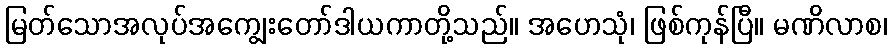
မြတ်သောအလုပ်အကျွေးတော်ဒါယကာတို့သည်။ အဟေသုံ၊ ဖြစ်ကုန်ပြီ။ မဏိလာစ၊